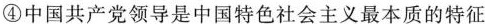
④中国共产党领导是中国特色社会主义最本质的特征